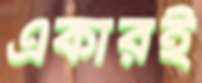
একারই